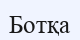
Ботқа